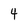
Character: 4